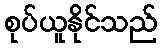
စုပ်ယူနိုင်သည်